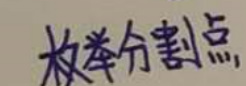
枚举分割点